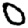
Digit: 0